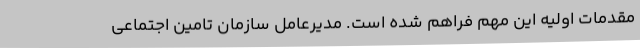
مقدمات اولیه این مهم فراهم شده است. مدیرعامل سازمان تامین اجتماعی